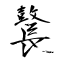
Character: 鼚